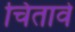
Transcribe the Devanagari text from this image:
चिंतावे